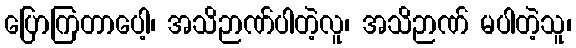
ပြောကြတာပေါ့၊ အသိဉာဏ်ပါတဲ့လူ၊ အသိဉာဏ် မပါတဲ့သူ၊